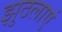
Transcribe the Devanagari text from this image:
झुठलाएं